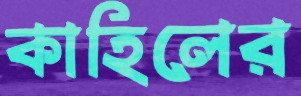
কাহিলের